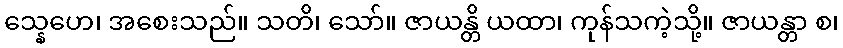
သ္နေဟေ၊ အစေးသည်။ သတိ၊ သော်။ ဇာယန္တိ ယထာ၊ ကုန်သကဲ့သို့။ ဇာယန္တာ စ၊